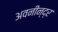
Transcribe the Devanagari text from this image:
अवनीन्द्र